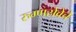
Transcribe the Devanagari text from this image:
रुग्णसेवेचे